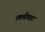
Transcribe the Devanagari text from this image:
ललीघाट